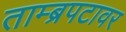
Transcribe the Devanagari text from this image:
ताम्ब्रपटावर